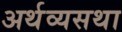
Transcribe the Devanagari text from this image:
अर्थव्यसथा